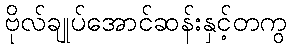
ဗိုလ်ချုပ်အောင်ဆန်းနှင့်တကွ